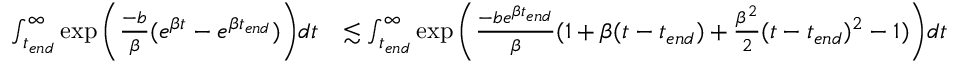
\begin{array} { r l } { \int _ { t _ { e n d } } ^ { \infty } \exp { \bigg ( \frac { - b } { \beta } ( e ^ { \beta t } - e ^ { \beta t _ { e n d } } ) \bigg ) } d t } & { \lesssim \int _ { t _ { e n d } } ^ { \infty } \exp { \bigg ( \frac { - b e ^ { \beta t _ { e n d } } } { \beta } ( 1 + \beta ( t - t _ { e n d } ) + \frac { \beta ^ { 2 } } { 2 } ( t - t _ { e n d } ) ^ { 2 } - 1 ) \bigg ) } d t } \end{array}